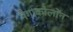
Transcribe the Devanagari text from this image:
मेगाकोलोंन